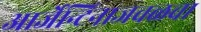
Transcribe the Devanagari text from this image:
आर्जेन्टिनाजवळचा